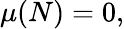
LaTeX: {\mu(N)=0},